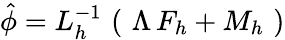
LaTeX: \hat{\phi}=L_{h}^{-1}\, \left(\, \, \Lambda\, F_{h}+M_{h}\, \, \right)